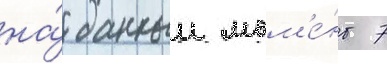
на́ данныи мом'е́нт 7